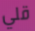
قلي